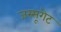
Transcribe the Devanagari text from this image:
जस्सूगेट